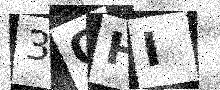
Text: 3OHI